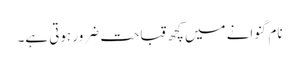
نام گنوانے میں کچھ قباحت ضرور ہوتی ہے۔